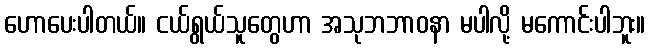
ဟောပေးပါတယ်။ ငယ်ရွယ်သူတွေဟာ အသုဘဘာဝနာ မပါလို့ မကောင်းပါဘူး။